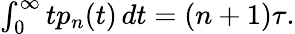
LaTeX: \begin{array}{r}{\int_{0}^{\infty}tp_{n}(t)\, dt=(n+1)\tau.}\end{array}